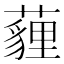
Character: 薶